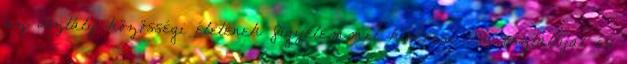
az osztály közösségi életének figyelemmel kísérése Az osztállyal és